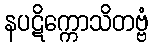
နပဋိက္ကောသိတဗ္ဗံ